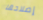
إصلاحها